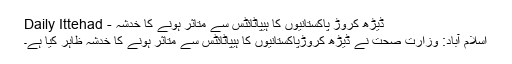
ڈیڑھ کروڑ پاکستانیوں کا ہیپاٹائٹس سے متاثر ہونے کا خدشہ - Daily Ittehad
اسلام آباد: وزارت صحت نے ڈیڑھ کروڑپاکستانیوں کا ہیپاٹائٹس سے متاثر ہونے کا خدشہ ظاہر کیا ہے۔